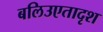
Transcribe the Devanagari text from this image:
बलिउएतादृश